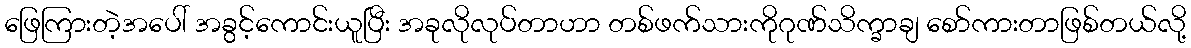
ဖြေကြားတဲ့အပေါ် အခွင့်ကောင်းယူပြီး အခုလိုလုပ်တာဟာ တစ်ဖက်သားကိုဂုဏ်သိက္ခာချ စော်ကားတာဖြစ်တယ်လို့